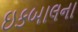
ઇકબાલના